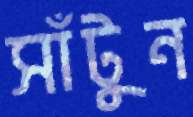
সাঁটুন